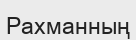
Рахманның